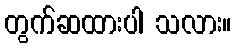
တွက်ဆထားပါ သလား။